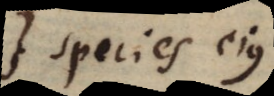
species ejus.